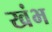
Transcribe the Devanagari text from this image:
खंभ